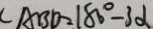
\angle A B D = 1 8 0 ^ { \circ } - 3 \alpha